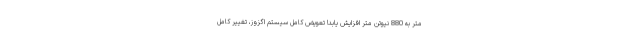
متر به 880 نیوتن متر افزایش یابد! تعویض کامل سیستم اگزوز، تغییر کامل